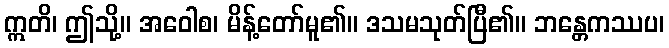
ဣတိ၊ ဤသို့။ အဝေါစ၊ မိန့်တော်မူ၏။ ဒသမသုတ်ပြီ၏။ ဘန္တေကဿပ၊